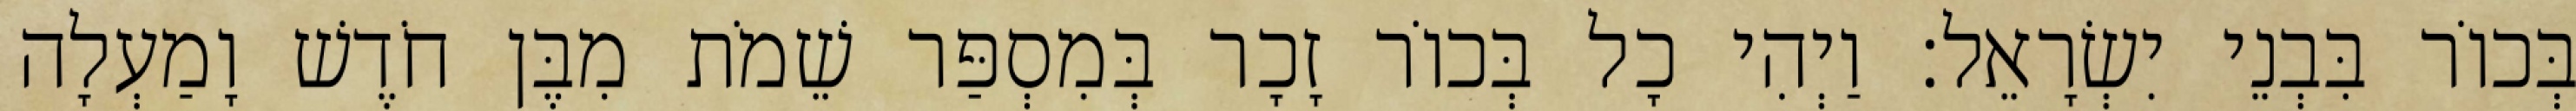
בְּכוֹר בִּבְנֵי יִשְׂרָאֵל׃ וַיְהִי כָל בְּכוֹר זָכָר בְּמִסְפַּר שֵׁמֹת מִבֶּן חֹדֶשׁ וָמַעְלָה